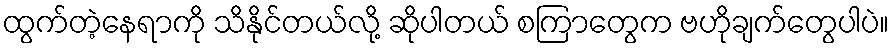
ထွက်တဲ့နေရာကို သိနိုင်တယ်လို့ ဆိုပါတယ် စကြာတွေက ဗဟိုချက်တွေပါပဲ။